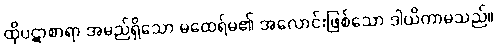
ထိုပဋာစာရာ အမည်ရှိသော မထေရ်မ၏ အလောင်းဖြစ်သော ဒါယိကာမသည်။